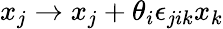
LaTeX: x_{j}\rightarrow x_{j}+\theta_{i}\epsilon_{jik}x_{k}